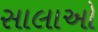
સાલાઓ